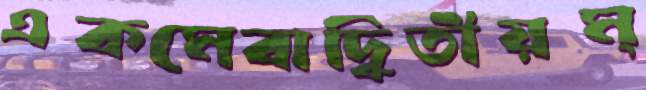
একমেবাদ্বিতীয়ম্‌